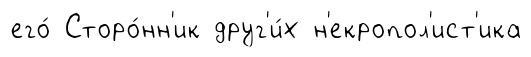
его́ Сторо́нн'ик друг'и́х н'екропол'ист'ика